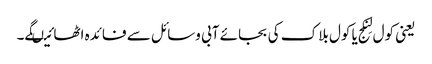
یعنی کول لِنکج یا کول بلاک کی بجائے آبی وسائل سے فائدہ اٹھائیںگے۔